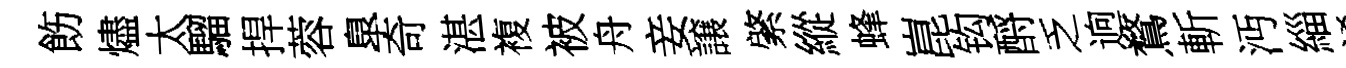
飭燼太騮捍蓉臯奇湛複被舟妾譲綮縱蜂崑钩酹乏逈鶩斬沔緇淆